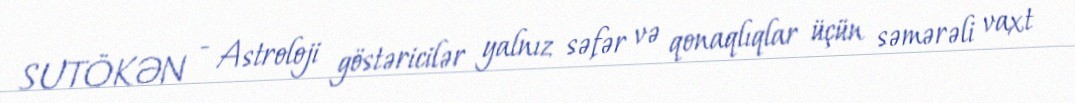
SUTÖKƏN - Astroloji göstəricilər yalnız səfər və qonaqlıqlar üçün səmərəli vaxt